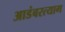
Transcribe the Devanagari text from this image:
आडंबरत्याग